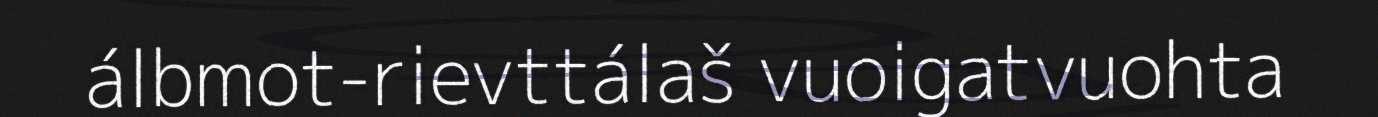
álbmot-rievttálaš vuoigatvuohta